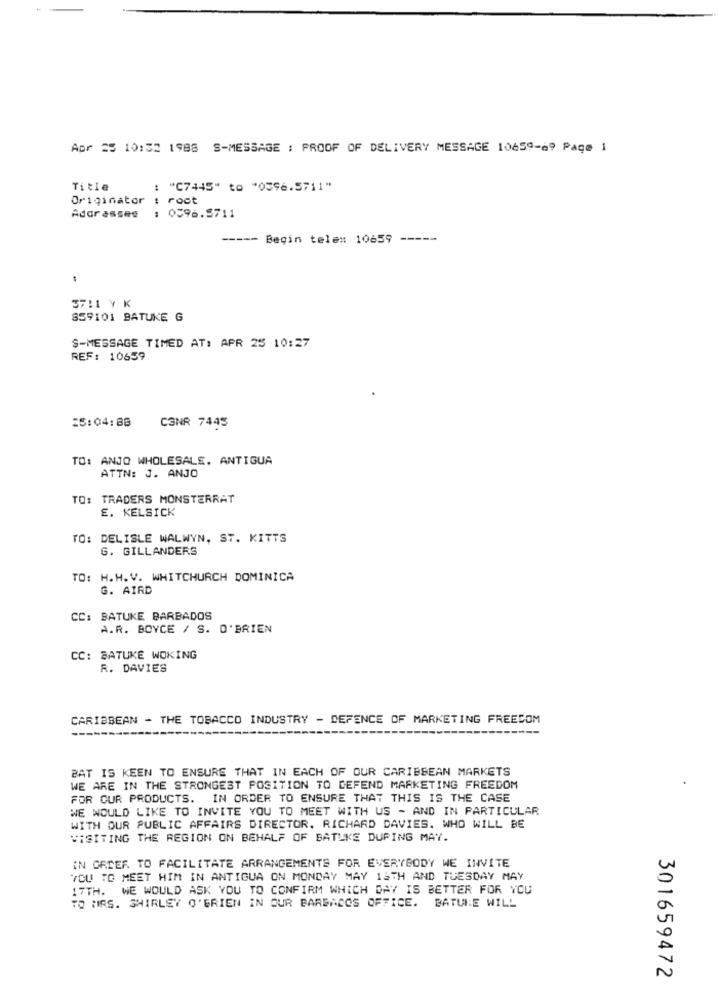
Apr 25 10:32 1988 S-MESSAGE : PROOF OF DELIVERY MESSAGE 10659-69 Page 1
Title
: "C7445" to "0396.5711"
Originator : root
Addressee : 0396.5711
-----
Begin telem 10659 -----
3711 Y K
859101 BATUKE G
S-MESSAGE TIMED AT: APR 25 10:27
REF: 10659
25:04:88
CONR 7445
TO: ANJO WHOLESALE, ANTIGUA
ATTN: J. ANJO
TO: TRADERS MONSTERRAT
E. KELSICK
TO: DELISLE WALWYN, ST. KITTS
G. GILLANDERS
TO: H.H.V. WHITCHURCH DOMINICA
G. AIRD
CC: BATUKE BARBADOS
A.R. BOYCE / S. O'BRIEN
CC: BATUKE WOKING
R. DAVIES
CARIBBEAN - THE TOBACCO INDUSTRY - DEFENCE OF MARKETING FREEDOM
--------
BAT IS KEEN TO ENSURE THAT IN EACH OF OUR CARIBBEAN MARKETS
WE ARE IN THE STRONGEST POSITION TO DEFEND MARKETING FREEDOM
FOR OUR PRODUCTS. IN ORDER TO ENSURE THAT THIS IS THE CASE
WE WOULD LIKE TO INVITE YOU TO MEET WITH US - AND IN PARTICULAR
WITH OUR PUBLIC AFFAIRS DIRECTOR. RICHARD DAVIES. WHO WILL BE
VISITING THE REGION ON BEHALF OF BATUKE DURING MAY.
IN ORTEF. TO FACILITATE ARRANGEMENTS FOR EVERYBODY WE INVITE
YOU TO MEET HIM IN ANTIGUA ON MONDAY MAY 14TH AND TUESDAY MAY
17TH. WE WOULD ASK YOU TO CONFIRM WHICH DAY IS BETTER FOR YOU
TO MRS. SHIRLEY O'BRIEN IN OUR BARBACOS OFFICE. BATUNE WILL
301659472